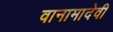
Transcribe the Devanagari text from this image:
वानामादेवी